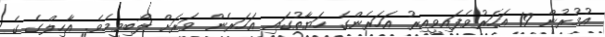
އުމުރުން 19 އަހަރުވެފައިވީއިރު އަހަރެންގެ ހަޔާތުގައި އަހަރެން ވަރަށް ލޯބިވީމެވެ. އާހިލްގެ ގެ